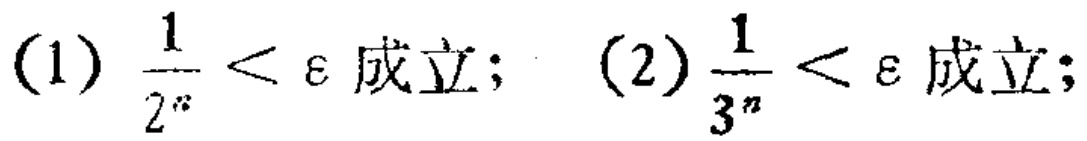
(1) $\frac{1}{2^{n}} < \varepsilon$ 成立； (2) $\frac{1}{3^{n}} < \varepsilon$ 成立；